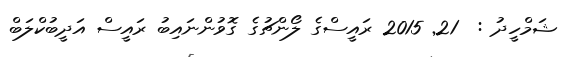
ޝަމްހީދު :  21